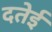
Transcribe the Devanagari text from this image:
दतेई